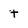
Character: t